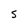
Character: S